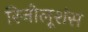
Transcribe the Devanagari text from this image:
रिजोलूशंस